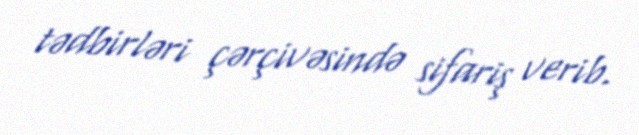
tədbirləri çərçivəsində sifariş verib.